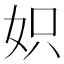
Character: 𡛰